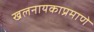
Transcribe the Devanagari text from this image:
खलनायकाप्रमाणे